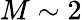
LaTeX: M\sim 2